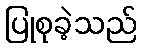
ပြုစုခဲ့သည်